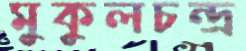
মুকুলচন্দ্র